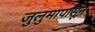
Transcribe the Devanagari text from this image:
जुलुमापासून